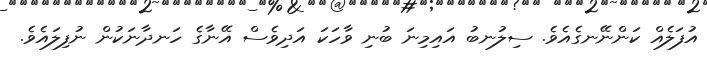
އުފަލެއް ކަންނޭނގެއެވެ. ސިލުނބު އައިމިނަ ބުނި ވާހަކަ އަދިވެސް އޭނާގެ ހަނދާނަކުން ނުފިލައެވެ.